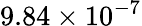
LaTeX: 9.84\times 10^{-7}